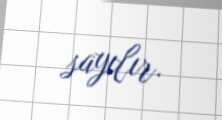
sayılır.